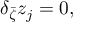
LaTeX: \delta _ { \bar { \zeta } } z _ { j } = 0 , \quad